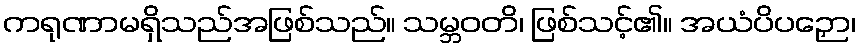
ကရုဏာမရှိသည်အဖြစ်သည်။ သမ္ဘဝတိ၊ ဖြစ်သင့်၏။ အယံပိပဉှော၊